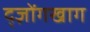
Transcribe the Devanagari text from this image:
द्ज़ोंगखाग